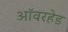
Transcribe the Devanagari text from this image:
ऑवरहेड